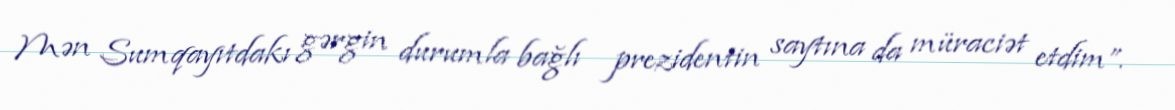
Mən Sumqayıtdakı gərgin durumla bağlı prezidentin saytına da müraciət etdim”.